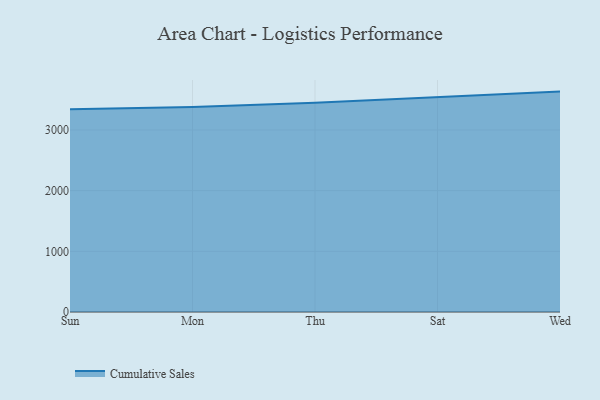
{"axis": {"x": "Day", "y": "Market Share (%)"}, "legend": ["Cumulative Sales"], "data": [{"x": "Sun", "y": 3341.5, "type": "Cumulative Sales"}, {"x": "Mon", "y": 3377.3, "type": "Cumulative Sales"}, {"x": "Thu", "y": 3450.6, "type": "Cumulative Sales"}, {"x": "Sat", "y": 3542.6, "type": "Cumulative Sales"}, {"x": "Wed", "y": 3632.6, "type": "Cumulative Sales"}]}